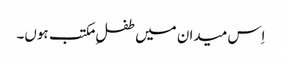
اِس میدان میں طفلِ مکتب ہوں۔